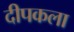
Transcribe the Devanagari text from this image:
दीपकला